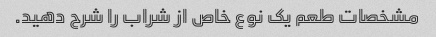
مشخصات طعم یک نوع خاص از شراب را شرح دهید.